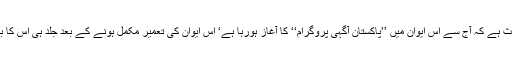
یہ امر انتہائی مسرت کا باعث ہے کہ آج سے اس ایوان میں ’’پاکستان آگہی پروگرام‘‘ کا آغاز ہورہا ہے‘ اس ایوان کی تعمیر مکمل ہونے کے بعد جلد ہی اس کا باضابطہ افتتاح کیا جائے گا۔